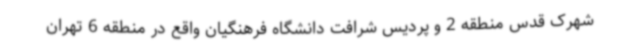
شهرک قدس منطقه 2 و پردیس شرافت دانشگاه فرهنگیان واقع در منطقه 6 تهران